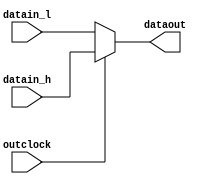

module alt_ddr_output (
    datain_h,
    datain_l,
    outclock,
    dataout);

parameter   PAD_WIDTH = 8;

    input   [PAD_WIDTH-1:0]  datain_h;
    input   [PAD_WIDTH-1:0]  datain_l;
    input     outclock;
    output  [PAD_WIDTH-1:0]  dataout;

wire [PAD_WIDTH-1:0]         dataout;
assign                       dataout = outclock ? datain_h : datain_l;

endmodule